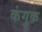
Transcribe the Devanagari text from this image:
कंगुक